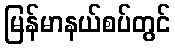
မြန်မာနယ်စပ်တွင်